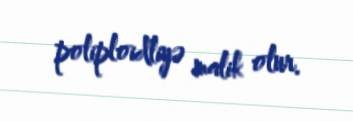
poliploidliyə malik olur.